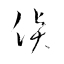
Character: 貨